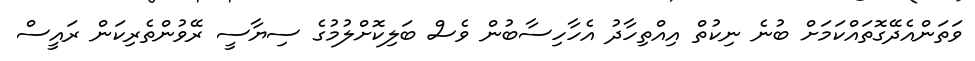
ވަތަންއެދޭގޮތައްކަމަށް ބުނެ ނިކުތް އިއްތިހާދު އެހާހިސާބުން ވެސް ބަލިކޮށްލުމުގެ ސިޔާސީ ރޭވުންތެރިކަން ރައީސް